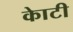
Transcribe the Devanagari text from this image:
काेटी